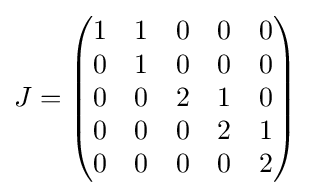
J={\begin{pmatrix}1&1&0&0&0\\0&1&0&0&0\\0&0&2&1&0\\0&0&0&2&1\\0&0&0&0&2\end{pmatrix}}